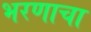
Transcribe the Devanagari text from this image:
भरणाचा